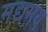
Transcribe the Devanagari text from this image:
मद्यमय